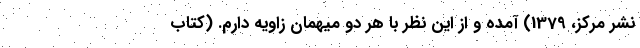
نشر مرکز، 1379) آمده و از این نظر با هر دو میهمان زاویه دارم. (کتاب